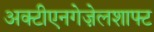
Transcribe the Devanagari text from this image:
अक्टीएनगेज़ेलशाफ्ट